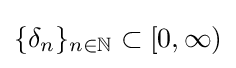
\{\delta _{n}\}_{n\in \mathbb {N} }\subset [0,\infty )